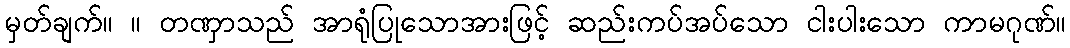
မှတ်ချက်။ ။ တဏှာသည် အာရုံပြုသောအားဖြင့် ဆည်းကပ်အပ်သော ငါးပါးသော ကာမဂုဏ်။